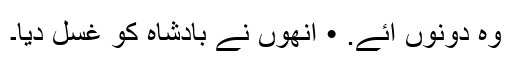
وہ دونوں آئے. • انھوں نے بادشاہ کو غسل دیا۔